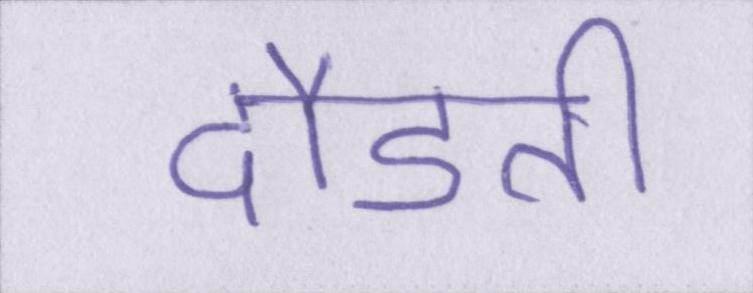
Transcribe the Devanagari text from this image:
दौडती